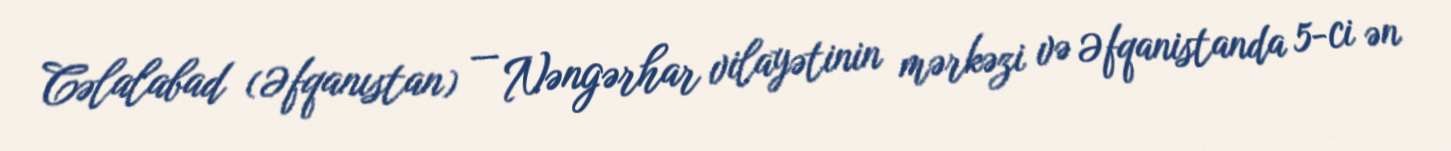
Cəlalabad (Əfqanıstan) — Nəngərhar vilayətinin mərkəzi və Əfqanistanda 5-ci ən